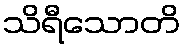
သိရီသောတိ